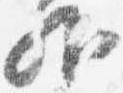
外